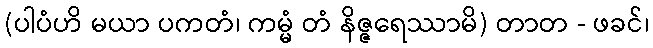
(ပါပံဟိ မယာ ပကတံ၊ ကမ္မံ တံ နိဇ္ဇရေဿာမိ) တာတ - ဖခင်၊